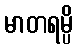
မာတရမ္ပိ